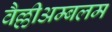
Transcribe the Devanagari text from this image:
वैल्लीअम्बलम